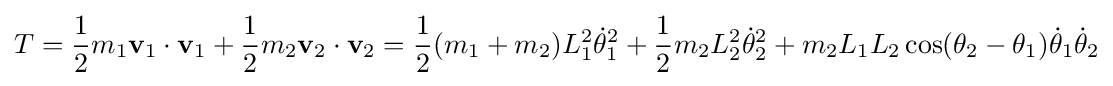
T={\frac {1}{2}}m_{1}\mathbf {v} _{1}\cdot \mathbf {v} _{1}+{\frac {1}{2}}m_{2}\mathbf {v} _{2}\cdot \mathbf {v} _{2}={\frac {1}{2}}(m_{1}+m_{2})L_{1}^{2}{\dot {\theta }}_{1}^{2}+{\frac {1}{2}}m_{2}L_{2}^{2}{\dot {\theta }}_{2}^{2}+m_{2}L_{1}L_{2}\cos(\theta _{2}-\theta _{1}){\dot {\theta }}_{1}{\dot {\theta }}_{2}